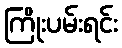
ကြိုးပမ်းရင်း